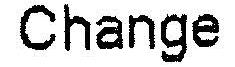
CHANGE